Civil Veterinary Department Bengal reports 1933-51 - 1933-1951
Year: 1933
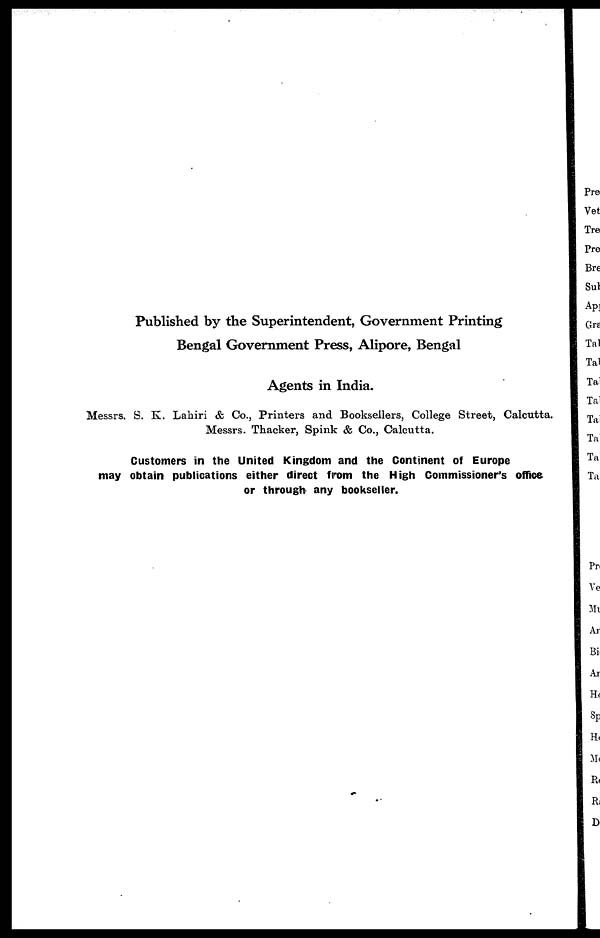
Published by the Superintendent, Government Printing
Bengal Government Press, Alipore, Bengal
Agents in India.
Messrs. S. K. Lahiri & Co., Printers and Booksellers, College Street, Calcutta.
Messrs. Thacker, Spink & Co., Calcutta.
Customers in the United Kingdom and the Continent of Europe
may obtain publications either direct from the High Commissioner's office
or through any bookseller.